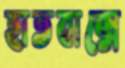
হাতবাক্সে